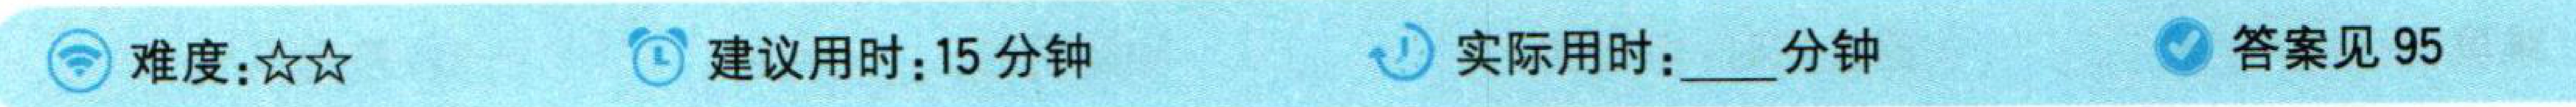
\(\bigcirc\)难度：\(☆☆\) \(\bigcirc\)建议用时：15分钟 \(\bigcirc\)答案见95